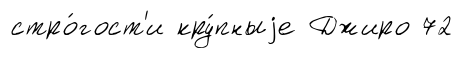
стро́гост'и кру́пныjе Джиро 72